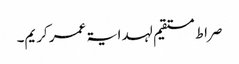
صراط مستقیم لہدایۃ عمر کریم۔